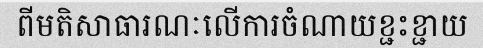
ពីមតិសាធារណៈលើការចំណាយខ្ជះខ្ជាយ